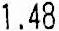
1.48